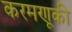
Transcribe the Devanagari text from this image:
करमणूकी